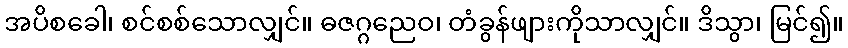
အပိစခေါ၊ စင်စစ်သောလျှင်။ ဓဇဂ္ဂညေဝ၊ တံခွန်ဖျားကိုသာလျှင်။ ဒိသွာ၊ မြင်၍။